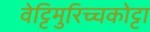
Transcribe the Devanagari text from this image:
वेट्टिमुरिच्चकोट्टा